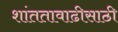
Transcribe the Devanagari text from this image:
शांततावाढीसाठी